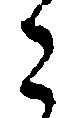
こ